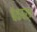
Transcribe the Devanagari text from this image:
बॅकबर्न